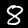
Label: 8